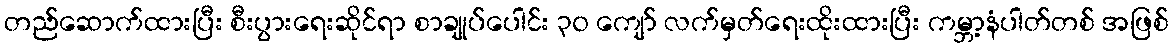
တည်ဆောက်ထားပြီး စီးပွားရေးဆိုင်ရာ စာချုပ်ပေါင်း ၃၀ ကျော် လက်မှတ်ရေးထိုးထားပြီး ကမ္ဘာ့နံပါတ်တစ် အဖြစ်